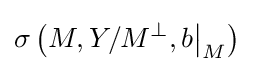
\sigma \left(M,Y/M^{\perp },b{\big \vert }_{M}\right)